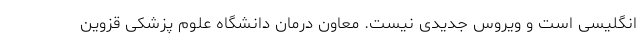
انگلیسی است و ویروس جدیدی نیست. معاون درمان دانشگاه علوم پزشکی قزوین